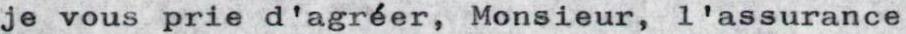
je vous prie d'agréer, Monsieur,l'assurance